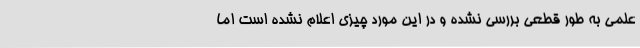
علمی به طور قطعی بررسی نشده و در این مورد چیزی اعلام نشده است اما